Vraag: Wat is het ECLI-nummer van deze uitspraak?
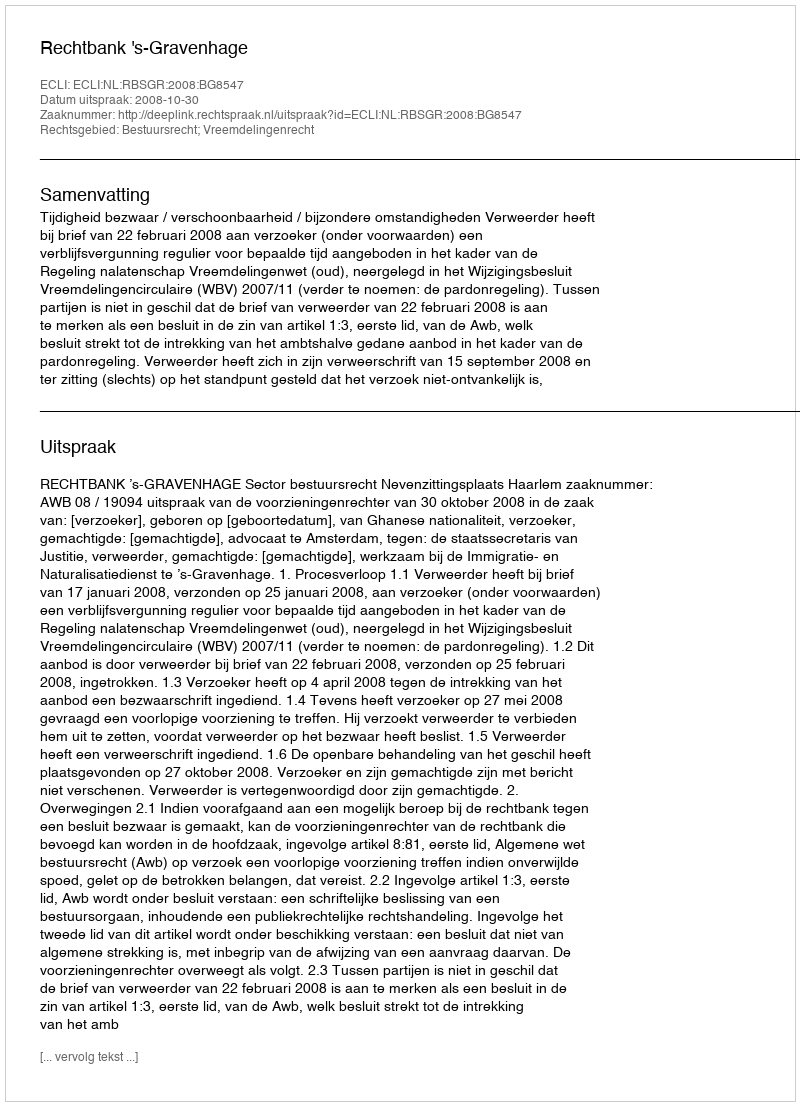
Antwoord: ECLI:NL:RBSGR:2008:BG8547